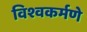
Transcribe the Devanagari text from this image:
विश्वकर्मणे